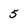
Character: 5